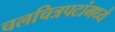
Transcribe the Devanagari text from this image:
चलचित्रपटांमध्ये